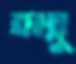
হান্নু